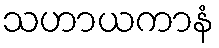
သဟာယကာနံ